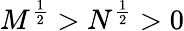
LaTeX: M^{\frac{1}{2}}>N^{\frac{1}{2}}>0